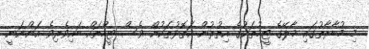
މި މުބާރާތުގައި މާލޭގެ ޓީމުތަކުގެ އިތުރުން އަތޮޅުތަކުން ވެސް ޓީމްތައް ބައިވެރިވެ އަންނަނީ